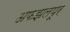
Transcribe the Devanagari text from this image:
अफझलपूर